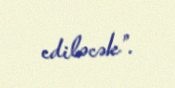
ediləcək”.